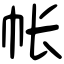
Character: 帐